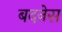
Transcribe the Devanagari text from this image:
बदनेस